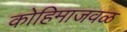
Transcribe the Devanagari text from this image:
कोहिमाजवळ